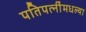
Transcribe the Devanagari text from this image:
पतिपत्‍नींमधल्या